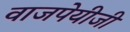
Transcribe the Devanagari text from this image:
वाजपेयीजी